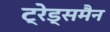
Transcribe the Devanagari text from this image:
ट्रेड्समैन